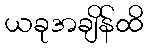
ယခုအချိန်ထိ